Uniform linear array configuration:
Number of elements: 32
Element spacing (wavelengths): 0.5
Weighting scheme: uniform
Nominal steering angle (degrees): -15
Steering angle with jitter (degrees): -13.451
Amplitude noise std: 0.05
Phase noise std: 0.05

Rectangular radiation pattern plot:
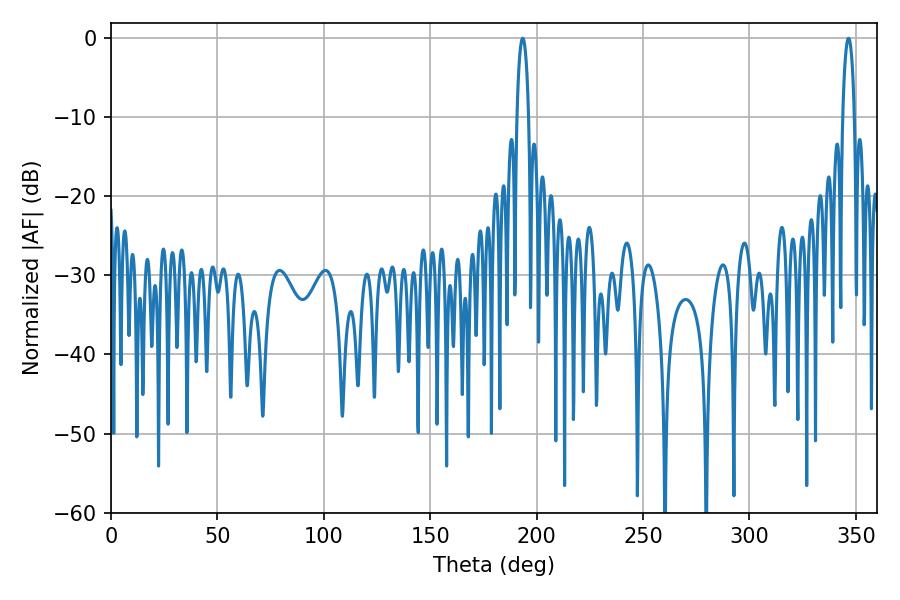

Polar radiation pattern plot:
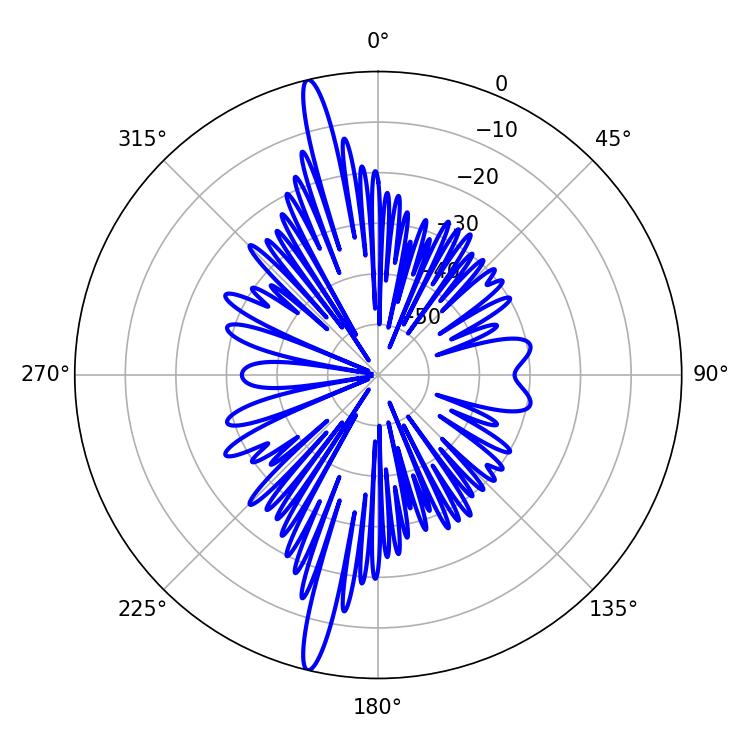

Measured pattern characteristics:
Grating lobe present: FALSE
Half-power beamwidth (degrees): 3.06
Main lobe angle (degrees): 193.5